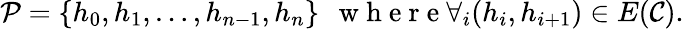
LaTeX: \mathcal P=\{ h_{0},h_{1},\ldots,h_{n-1},h_{n}\} \: \: \mathrm{~w~h~e~r~e~}\forall_{i}(h_{i},h_{i+1})\in E(\mathcal C).